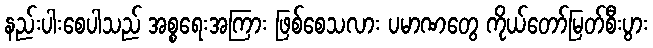
နည်းပါးစေပါသည် အစ္စရေးအကြား ဖြစ်စေသလား ပမာဏတွေ ကိုယ်တော်မြတ်စီးပွား